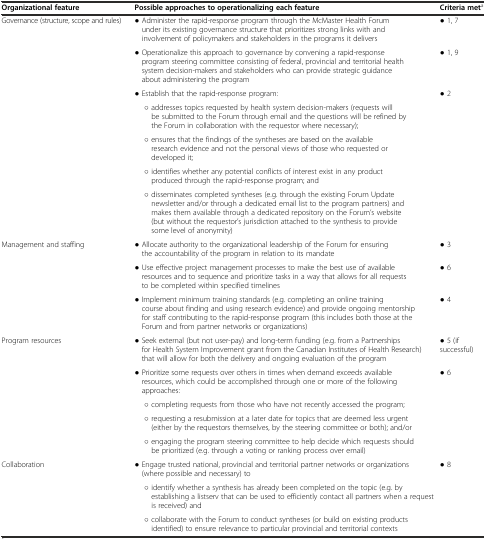
| Organizational feature | Possible approaches to operationalizing each feature | Criteria meta |
 | --- | --- | --- |
 | <ROWSPAN=7> Governance (structure, scope and rules) | ● Administer the rapid-response program through the McMaster Health Forum under its existing governance structure that prioritizes strong links with and involvement of policymakers and stakeholders in the programs it delivers | ● 1, 7 |
 | ● Operationalize this approach to governance by convening a rapid-response program steering committee consisting of federal, provincial and territorial health system decision-makers and stakeholders who can provide strategic guidance about administering the program | ● 1, 9 |
 | ● Establish that the rapid-response program: | <ROWSPAN=5> ● 2 |
 | ○ addresses topics requested by health system decision-makers (requests will be submitted to the Forum through email and the questions will be refined by the Forum in collaboration with the requestor where necessary); |
 | ○ ensures that the findings of the syntheses are based on the available research evidence and not the personal views of those who requested or developed it; |
 | ○ identifies whether any potential conflicts of interest exist in any product produced through the rapid-response program; and |
 | ○ disseminates completed syntheses (e.g. through the existing Forum Update newsletter and/or through a dedicated email list to the program partners) and makes them available through a dedicated repository on the Forum’s website (but without the requestor’s jurisdiction attached to the synthesis to provide some level of anonymity) |
 | <ROWSPAN=3> Management and staffing | ● Allocate authority to the organizational leadership of the Forum for ensuring the accountability of the program in relation to its mandate | ● 3 |
 | ● Use effective project management processes to make the best use of available resources and to sequence and prioritize tasks in a way that allows for all requests to be completed within specified timelines | ● 6 |
 | ● Implement minimum training standards (e.g. completing an online training course about finding and using research evidence) and provide ongoing mentorship for staff contributing to the rapid-response program (this includes both those at the Forum and from partner networks or organizations) | ● 4 |
 | <ROWSPAN=5> Program resources | ● Seek external (but not user-pay) and long-term funding (e.g. from a Partnerships for Health System Improvement grant from the Canadian Institutes of Health Research) that will allow for both the delivery and ongoing evaluation of the program | ● 5 (if successful) |
 | ● Prioritize some requests over others in times when demand exceeds available resources, which could be accomplished through one or more of the following approaches: | <ROWSPAN=3> ● 6 |
 | ○ completing requests from those who have not recently accessed the program; |
 | ○ requesting a resubmission at a later date for topics that are deemed less urgent (either by the requestors themselves, by the steering committee or both); and/or |
 | ○ engaging the program steering committee to help decide which requests should be prioritized (e.g. through a voting or ranking process over email) |  |
 | <ROWSPAN=3> Collaboration | ● Engage trusted national, provincial and territorial partner networks or organizations (where possible and necessary) to | <ROWSPAN=2> ● 8 |
 | ○ identify whether a synthesis has already been completed on the topic (e.g. by establishing a listserv that can be used to efficiently contact all partners when a request is received) and |
 | ○ collaborate with the Forum to conduct syntheses (or build on existing products identified) to ensure relevance to particular provincial and territorial contexts |  |